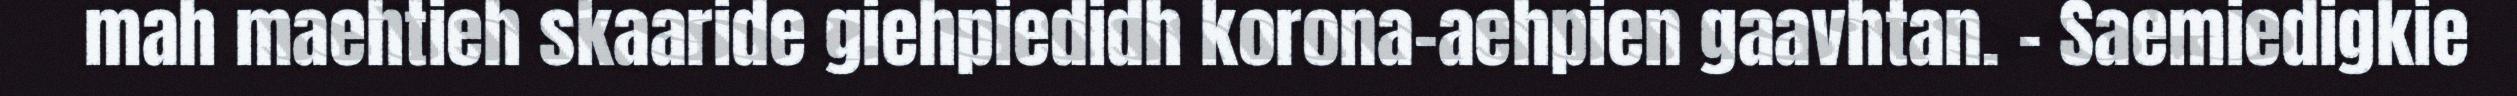
mah maehtieh skaaride giehpiedidh korona-aehpien gaavhtan. – Saemiedigkie